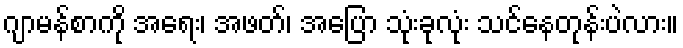
ဂျာမန်စာကို အရေး၊ အဖတ်၊ အပြော သုံးခုလုံး သင်နေတုန်းပဲလား။